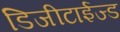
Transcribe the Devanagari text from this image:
डिजीटाईज्‍ड